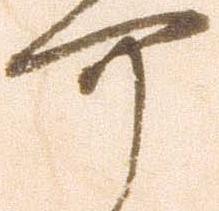
可